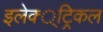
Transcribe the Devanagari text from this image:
इलेक्‍्ट्रिकल